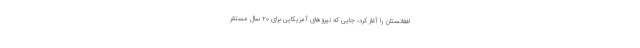
افغانستان را آغاز کرد، جایی که نیروهای آمریکایی برای ۲۰ سال مستقر